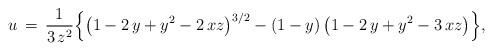
\begin{align*}u\,=\,\frac{1}{3\,z^2}\Big\{\big(1-2\,y+y^2-2\,xz\big)^{3/2}-(1-y)\,\big(1-2\,y+y^2-3\,xz\big)\Big\},\end{align*}